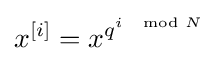
x^{[i]}=x^{q^{i\mod N}}